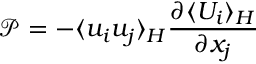
\mathcal { P } = - \langle u _ { i } u _ { j } \rangle _ { H } \frac { \partial \langle U _ { i } \rangle _ { H } } { \partial x _ { j } }